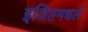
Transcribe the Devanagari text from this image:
इजिप्तमधले